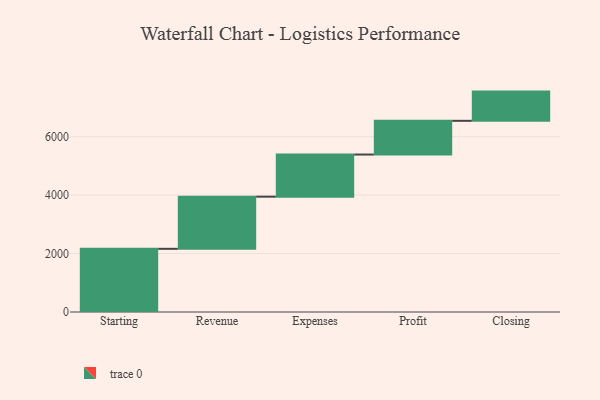
{"axis": {"x": "Step", "y": "Value"}, "legend": [""], "data": [{"x": "Starting", "y": 2162.0, "type": ""}, {"x": "Revenue", "y": 1785.0, "type": ""}, {"x": "Expenses", "y": 1442.0, "type": ""}, {"x": "Profit", "y": 1154.0, "type": ""}, {"x": "Closing", "y": 1000, "type": ""}]}